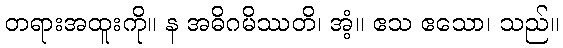
တရားအထူးကို။ န အဓိဂမိဿတိ၊ အံ့။ ဧသ ဧသော၊ သည်။